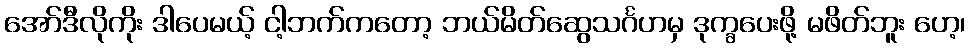
အော်ဒီလိုကိုး ဒါပေမယ့် ငါ့ဘက်ကတော့ ဘယ်မိတ်ဆွေသင်္ဂဟမှ ဒုက္ခပေးဖို့ မဖိတ်ဘူး ဟေ့၊